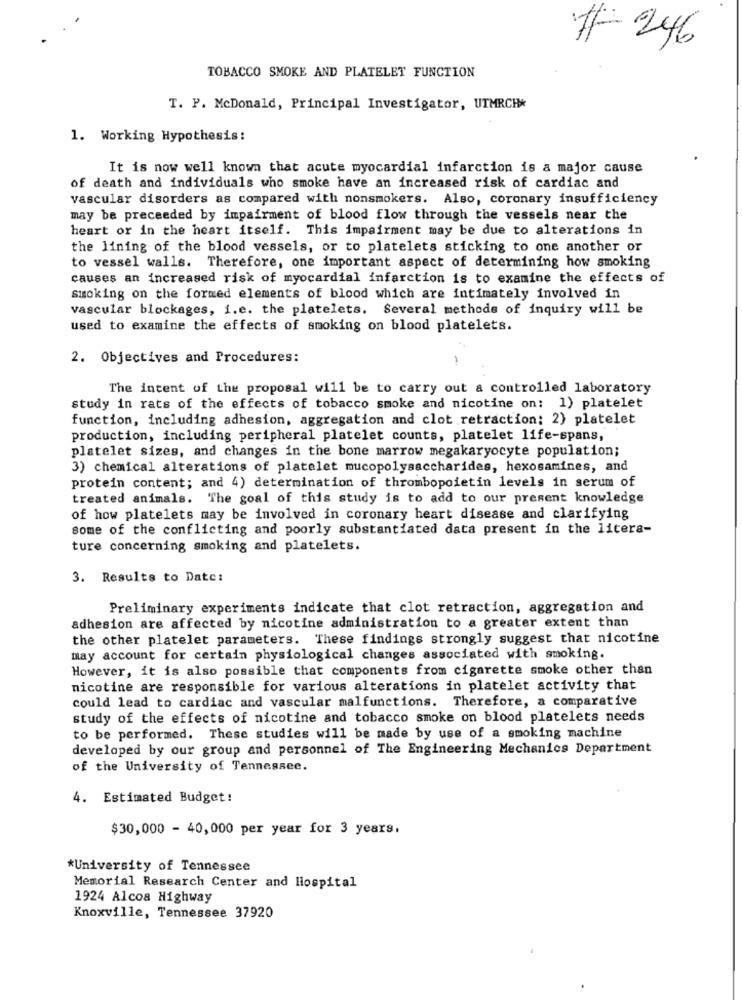
# 246
TOBACCO SMOKE AND PLATELET FUNCTION
T. P. McDonald, Principal Investigator, UTMRCH*
1. Working Hypothesis:
It is now well known that acute myocardial infarction is a major cause
of death and individuals who smoke have an increased risk of cardiac and
vascular disorders as compared with nonsmokers. Also, coronary insufficiency
may be preceeded by impairment of blood flow through the vessels near the
heart or in the heart itself. This impairment may be due to alterations in
the lining of the blood vessels, or to platelets sticking to one another or
to vessel walls. Therefore, one important aspect of determining how smoking
causes an increased risk of myocardial infarction is to examine the effects of
smoking on the formed elements of blood which are intimately involved in
vascular blockages, i.e. the platelets. Several methods of inquiry will be
used to examine the effects of smoking on blood platelets.
2. Objectives and Procedures:
1
The intent of the proposal will be to carry out a controlled laboratory
study in rats of the effects of tobacco smoke and nicotine on: 1) platelet
function, including adhesion, aggregation and clot retraction; 2) platelet
production, including peripheral platelet counts, platelet life-spans,
platelet sizes, and changes in the bone marrow megakaryocyte population;
3) chemical alterations of platelet mucopolysaccharides, hexosamines, and
protein content; and 4) determination of thrombopoietin levels in serum of
treated animals. The goal of this study is to add to our present knowledge
of how platelets may be involved in coronary heart disease and clarifying
some of the conflicting and poorly substantiated data present in the litera-
ture concerning smoking and platelets.
3. Results to Date:
Preliminary experiments indicate that clot retraction, aggregation and
adhesion are affected by nicotine administration to a greater extent than
the other platelet parameters. These findings strongly suggest that nicotine
may account for certain physiological changes associated with smoking.
However, it is also possible that components from cigarette smoke other than
nicotine are responsible for various alterations in platelet activity that
could lead to cardiac and vascular malfunctions. Therefore, a comparative
study of the effects of nicotine and tobacco smoke on blood platelets needs
to be performed. These studies will be made by use of a smoking machine
developed by our group and personnel of The Engineering Mechanics Department
of the University of Tennessee.
4. Estimated Budget!
$30,000 - 40,000 per year for 3 years.
*University of Tennessee
Memorial Research Center and Hospital
1924 Alcoa Highway
Knoxville, Tennessee 37920